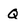
Character: Q